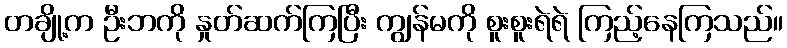
တချို့က ဦးဘကို နှုတ်ဆက်ကြပြီး ကျွန်မကို စူးစူးရဲရဲ ကြည့်နေကြသည်။